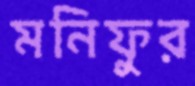
মনিফুর